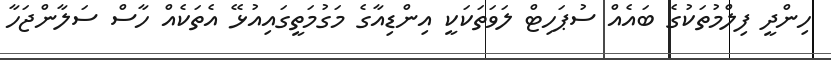
ހިންދީ ފިލްމުތަކުގެ ބައެއް ސުޕަހިޓް ލަވަތަކަކީ އިންޑިއާގެ މަގުމަތީގައިއުޅޭ އެތަކެއް ހާސް ސަލާންޖަހާ